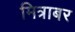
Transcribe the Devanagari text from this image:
मित्राबर